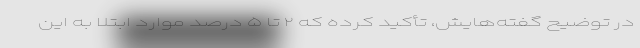
در توضیح گفته‌هایش، تأکید کرده که ۲ تا ۵ درصد موارد ابتلا به این